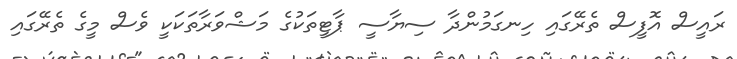
ރައީސް އޮފީސް ތެރޭގައި ހިނގަމުންދާ ސިޔާސީ ޕާޓީތަކުގެ މަޝްވަރާތަކަކީ ވެސް މީގެ ތެރޭގައި